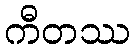
ကီတဿ